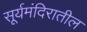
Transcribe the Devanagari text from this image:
सूर्यमंदिरातील